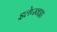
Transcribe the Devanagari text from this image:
इलेप्स्वाइड